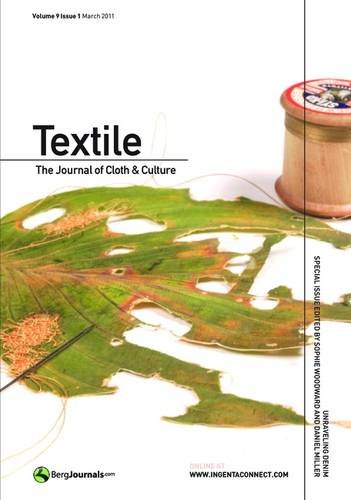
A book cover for Textile: The Journal of Cloth & Culture; Crafts, Hobbies & Home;